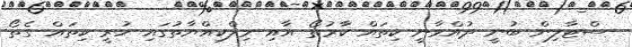
ސްޓާލިން ބުނީ ދުއްވާނީ ކިތައް ކާރުތޯ އާއި މިލްކިއްޔާތުގައި ހުރީ ކިތައް ގެތޯ